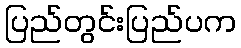
ပြည်တွင်းပြည်ပက